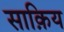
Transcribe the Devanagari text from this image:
साक़िय